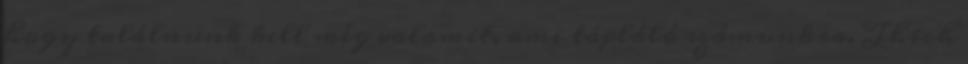
hogy találnunk kell még valamit, ami tápláló számunkra. Thich